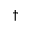
\dagger